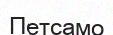
Петсамо